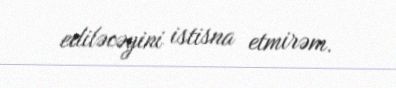
ediləcəyini istisna etmirəm.